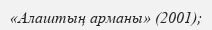
«Алаштың арманы» (2001);